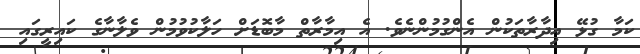
ކަމާ ގުޅޭ އިދާރާތަކުން އެންގުމުންނެވެ. އެ އިމާރާތް މާބޮޑަށް ހަލާކުވުމުން ވެލާނާގެ ކައިރީގައި